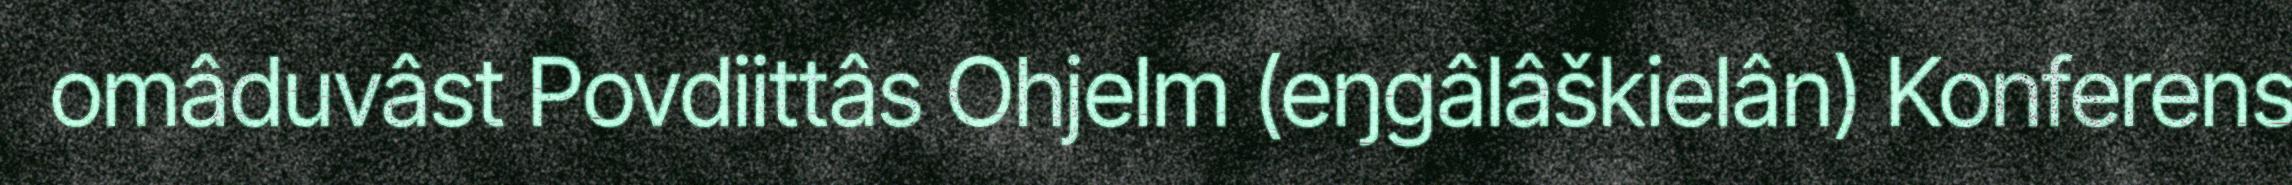
omâduvâst Povdiittâs Ohjelm (eŋgâlâškielân) Konferens